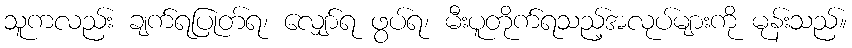
သူကလည်း ချက်ရပြုတ်ရ၊ လျှော်ရ ဖွပ်ရ၊ မီးပူတိုက်ရသည့်အလုပ်များကို မုန်းသည်။